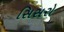
સિસરો